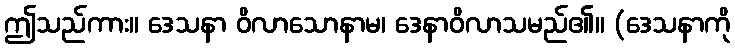
ဤသည်ကား။ ဒေသနာ ဝိလာသောနာမ၊ ဒေနာဝိလာသမည်၏။ (ဒေသနာကို